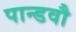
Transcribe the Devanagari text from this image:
पान्डवौ